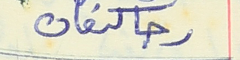
رجا كنعان